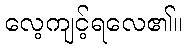
လေ့ကျင့်ရလေ၏။